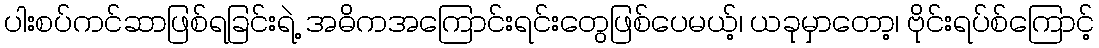
ပါးစပ်ကင်ဆာဖြစ်ရခြင်းရဲ့ အဓိကအကြောင်းရင်းတွေဖြစ်ပေမယ့်၊ ယခုမှာတော့၊ ဗိုင်းရပ်စ်ကြောင့်